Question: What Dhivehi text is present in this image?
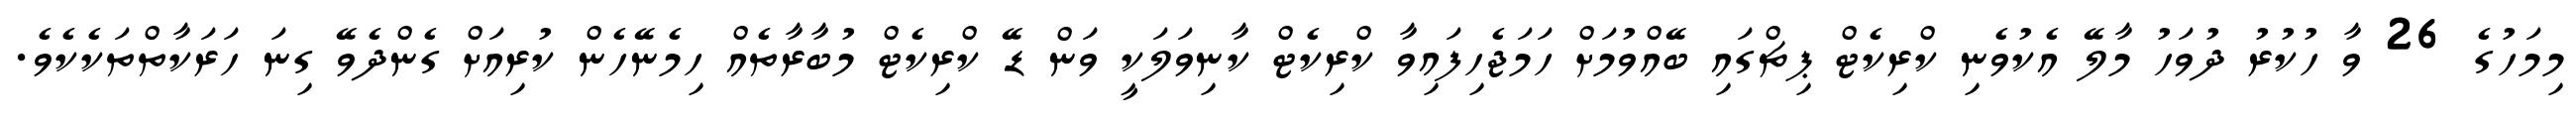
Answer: މިމަހުގެ 26 ވާ ހުކުރު ދުވަހު މާލޭ އެކުވެނި ކްރިކެޓް ޕިޗްގައި ބޭއްވުމަށް ހަމަޖެހިފައިވާ ކްރިކެޓް ކާނިވަލަކީ ވަން ޑޭ ކްރިކެޓް މުބާރާތެއް ހިމެނޭހެން ކުރިއަށް ގެންދެވޭ ގިނަ ހަރަކާތްތަކެކެވެ.